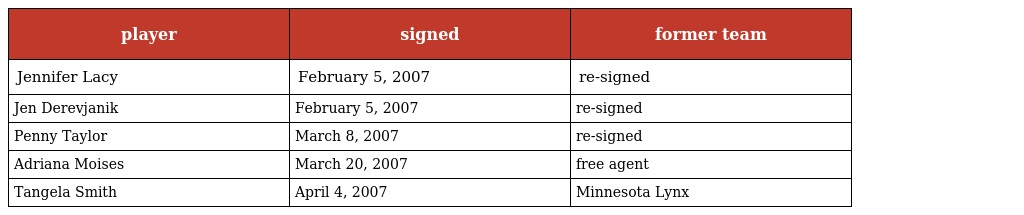
| player | signed | former team |
 | --- | --- | --- |
 | Jennifer Lacy | February 5, 2007 | re-signed |
 | Jen Derevjanik | February 5, 2007 | re-signed |
 | Penny Taylor | March 8, 2007 | re-signed |
 | Adriana Moises | March 20, 2007 | free agent |
 | Tangela Smith | April 4, 2007 | Minnesota Lynx |